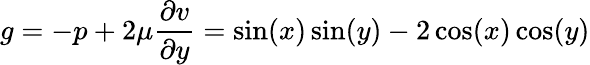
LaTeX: g=-p+2\mu\frac{\partial v}{\partial y}=\sin(x)\sin(y)-2\cos(x)\cos(y)